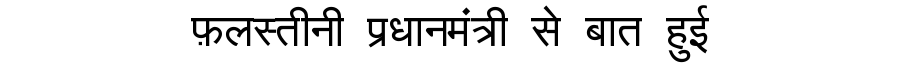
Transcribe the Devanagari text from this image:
फ़लस्तीनी प्रधानमंत्री से बात हुई